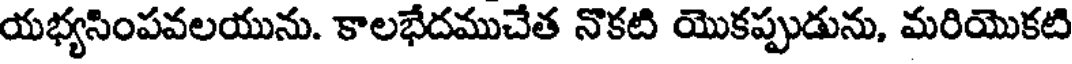
యభ్యసింపవలయును. కాలభేదముచేత నొకటి యొకప్పుడును, మరియొకటి